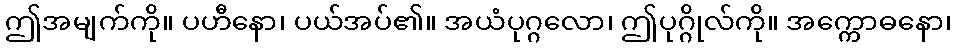
ဤအမျက်ကို။ ပဟီနော၊ ပယ်အပ်၏။ အယံပုဂ္ဂလော၊ ဤပုဂ္ဂိုလ်ကို။ အက္ကောဓနော၊